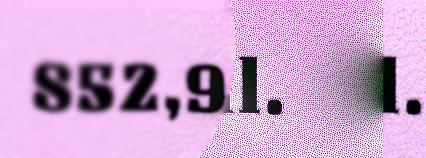
852,9 mill.